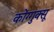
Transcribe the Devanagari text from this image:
कोंग्गुक्सू